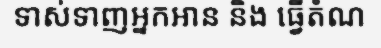
ទាស់ទាញអ្នកអាន និង ធ្វើតំណ